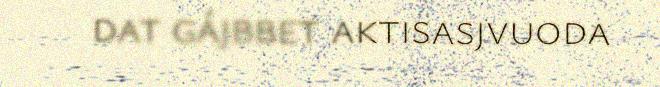
dat gájbbet aktisasjvuoda